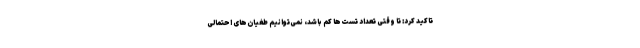
تاکید کرد: تا وقتی تعداد تست‌ها کم باشد، نمی‌توانیم طغیان‌های احتمالی